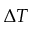
\Delta T